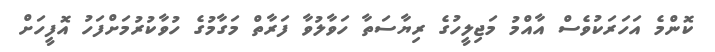
ކޮންމެ އަހަރަކުވެސް އާއްމު މަޖިލީހުގެ ރިޔާސަތާ ހަވާލުވާ ފަރާތް މަގާމުގެ ހުވާކުރުމަށްފަހު އޮފީހަށް